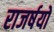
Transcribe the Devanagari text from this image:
राजर्षयो